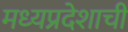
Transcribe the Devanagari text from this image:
मध्‍यप्रदेशाची